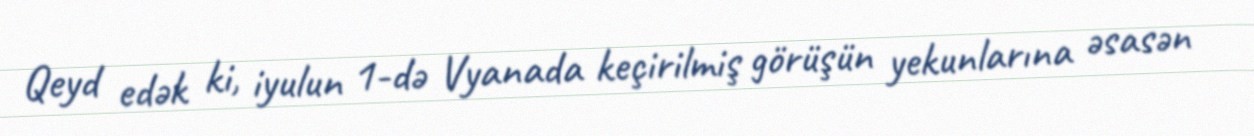
Qeyd edək ki, iyulun 1-də Vyanada keçirilmiş görüşün yekunlarına əsasən